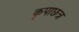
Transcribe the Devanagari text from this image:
कृपाछत्र